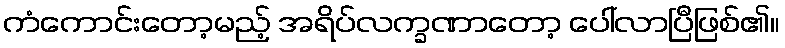
ကံကောင်းတော့မည့် အရိပ်လက္ခဏာတော့ ပေါ်လာပြီဖြစ်၏။